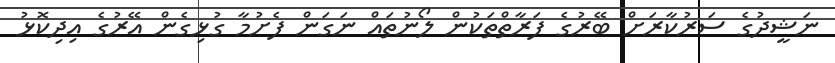
ނަޝީދުގެ ސަރުކާރަށް ބޭރުގެ ފަރާތްތަކުން ލޯނުތައް ނަގަން ފެށުމާ ގުޅިގެން އޭރުގެ އިދިކޮޅު